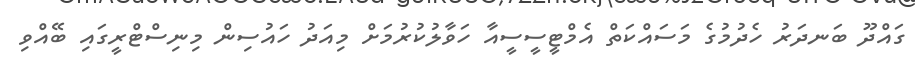
ގައްދޫ ބަނދަރު ހެދުމުގެ މަސައްކަތް އެމްޓީސީސީއާ ހަވާލުކުރުމަށް މިއަދު ހައުސިން މިނިސްޓްރީގައި ބޭއްވި